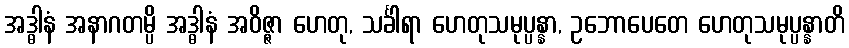
အဒ္ဓါနံ အနာဂတမ္ပိ အဒ္ဓါနံ အဝိဇ္ဇာ ဟေတု, သင်္ခါရာ ဟေတုသမုပ္ပန္နာ, ဥဘောပေတေ ဟေတုသမုပ္ပန္နာတိ